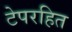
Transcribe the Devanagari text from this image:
टेपरहित